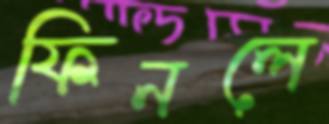
ফিনলে